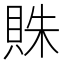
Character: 𧵺